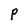
Character: P